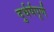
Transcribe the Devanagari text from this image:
दुर्धर्षपूर्ण